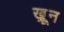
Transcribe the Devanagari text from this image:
ख़़ून